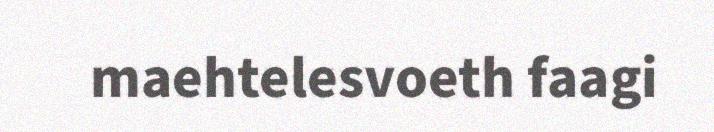
maehtelesvoeth faagi